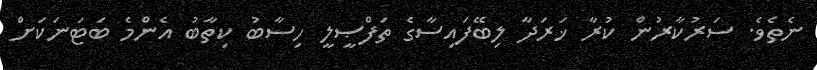
ނެތެވެ. ސަރުކާރުން ކުރާ ޚަރަދާ ލިބޭފައިސާގެ ތަފްޞީލީ ހިސާބު ކިތާބު އެންމެ ބަޓަނަކަށް